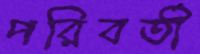
পরিবর্তী